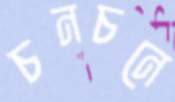
চনচনে